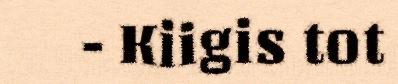
- Kiigis tot